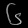
Digit: ၆